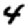
Digit: 4